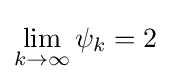
\lim \limits _{k\to \infty }\psi _{k}=2